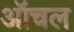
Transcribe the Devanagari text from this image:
ऑचल